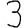
Digit: 3